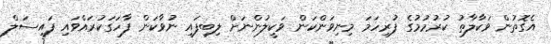
އެގޮތުން ވަކާލާތު ކުރުމުމުގެ ފުރިހަމަ މިނިވަންކަން ވަކީލުންނަށް ލިބިފައި ނުވާކަން ފާހަގަކުރައްވައި ފައިސަލް